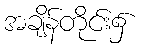
အချိန်တိုင်း၌